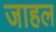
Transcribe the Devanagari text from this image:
जाहल